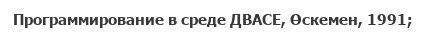
Программирование в среде ДВАСЕ, Өскемен, 1991;